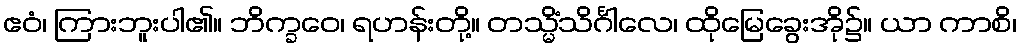
ဧဝံ၊ ကြားဘူးပါ၏။ ဘိက္ခဝေ၊ ရဟန်းတို့။ တသ္မိံသိင်္ဂါလေ၊ ထိုမြေခွေးအို၌။ ယာ ကာစိ၊